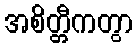
အစိတ္တီကတွာ